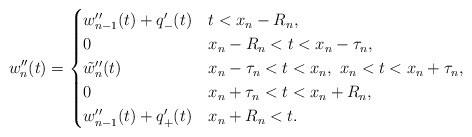
\begin{align*}w_n''(t) = \begin{cases}w_{n-1}''(t) + q_{-}'(t) & t < x_n - R_n, \\0 & x_n - R_n < t < x_n - \tau_n, \\\tilde{w}_n''(t) & x_n - \tau_n < t < x_n, \ x_n < t <x_n + \tau_n, \\0 & x_n + \tau_n < t < x_n + R_n,\\w_{n-1}''(t) + q_{+}'(t) & x_n + R_n < t.\end{cases}\end{align*}